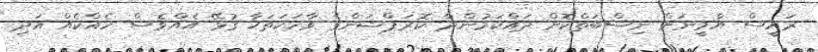
ރައީސް ޔާމީނަށް ނިސްބަތްކޮށް ދައްކަމުންދާ ކޮރަޕްޝަންގެ ވާހަކަތަކާ ގުޅޭ އެއްވެސް ހެއްކެއް އަދި